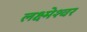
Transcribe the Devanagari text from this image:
लक्ष्मेश्‍वर